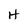
Character: H